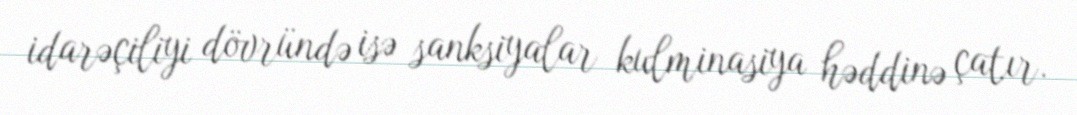
idarəçiliyi dövründə isə sanksiyalar kulminasiya həddinə çatır.